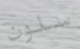
سلون